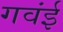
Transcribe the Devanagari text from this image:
गवंई